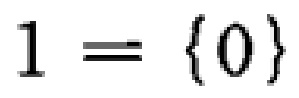
$1 = \{0\}$